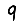
Digit: 9